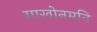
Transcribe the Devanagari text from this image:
माखोनमनि